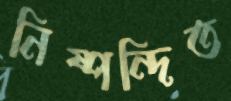
নিষ্পন্দিত